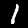
Digit: 1